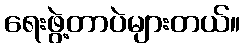
ရေးဖွဲ့တာပဲများတယ်။